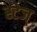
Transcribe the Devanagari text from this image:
स्टेज्